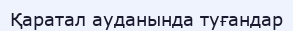
Қаратал ауданында туғандар